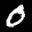
Label: 0